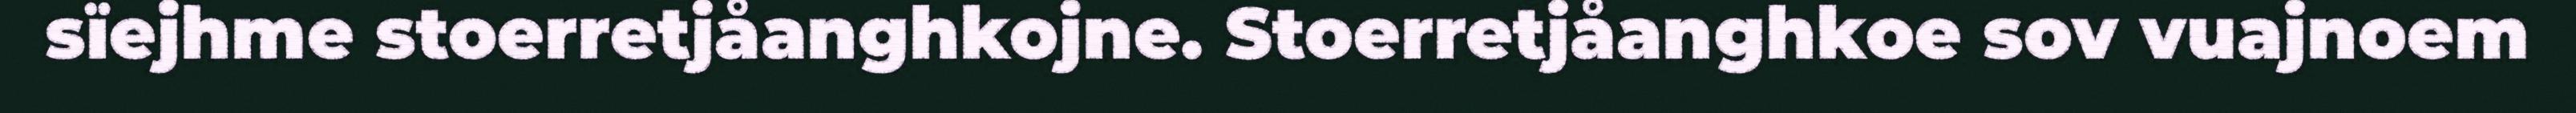
sïejhme stoerretjåanghkojne. Stoerretjåanghkoe sov vuajnoem